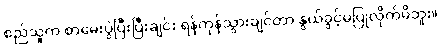
စည်သူက စာမေးပွဲပြီးပြီးချင်း ရန်ကုန်သွားချင်တာ နွယ်ခွင့်မပြုလိုက်မိဘူး။